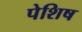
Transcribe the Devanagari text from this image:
पेशिष